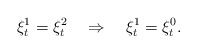
\begin{align*}\xi^1_t=\xi^2_t \quad\Rightarrow\quad\xi^1_t=\xi^0_t.\end{align*}